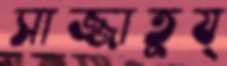
সাজ্জাতুয্